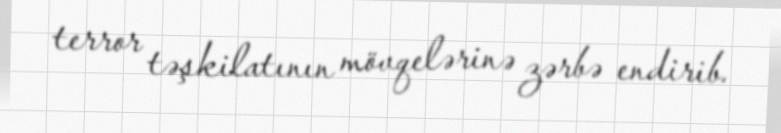
terror təşkilatının mövqelərinə zərbə endirib.